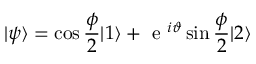
\vert \psi \rangle = \cos \frac { \phi } { 2 } \vert 1 \rangle + \mathrm { ~ e ~ } ^ { i \vartheta } \sin \frac { \phi } { 2 } \vert 2 \rangle